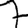
Digit: 7